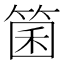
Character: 箘